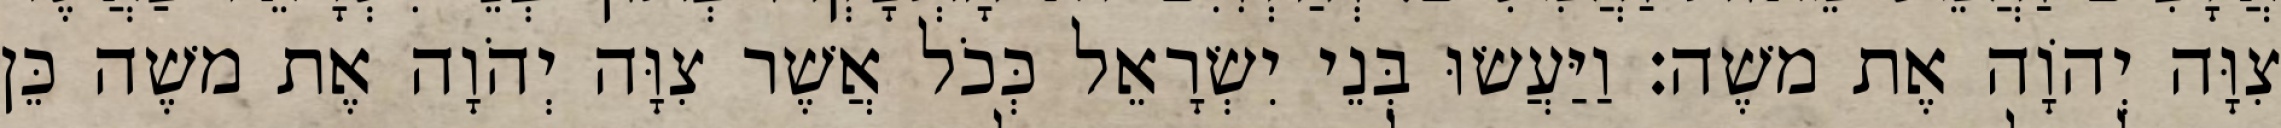
צִוָּה יְהוָֹה אֶת משֶׁה׃ וַיַּעֲשׂוּ בְּנֵי יִשְׂרָאֵל כְּכֹל אֲשֶׁר צִוָּה יְהֹוָה אֶת משֶׁה כֵּן